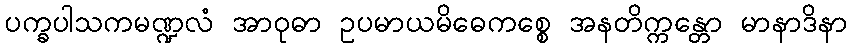
ပက္ခပါသကမဏ္ဍလံ အာဝုဓာ ဥပမာယမိဓေကစ္စေ အနတိက္ကန္တော မာနာဒိနာ